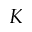
K